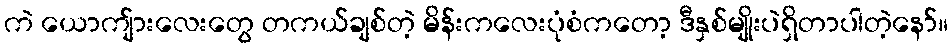
ကဲ ယောကျ်ားလေးတွေ တကယ်ချစ်တဲ့ မိန်းကလေးပုံစံကတော့ ဒီနှစ်မျိုးပဲရှိတာပါတဲ့နော်။